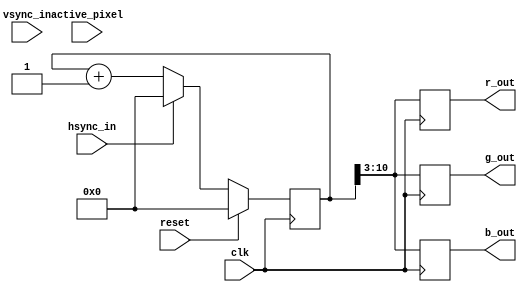

`timescale 1ns/100fs

module test_patterns (
    input reset,
    input clk,
    input active_pixel,
    input hsync_in,
    input vsync_in,
    output reg [7:0] r_out,
    output reg [7:0] g_out,
    output reg [7:0] b_out);

reg [11:0] ramp = 12'd0;

always @ (posedge clk)
begin
    if (reset)
        ramp <= 8'd0;
    else if (hsync_in)
        ramp <= 8'd0;
    else
        ramp <= ramp + 1;

end

always @ (posedge clk)
begin
    r_out <= ramp[10:3];
    g_out <= ramp[10:3];
    b_out <= ramp[10:3];
end

endmodule